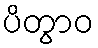
ပိတွာဝ